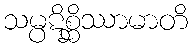
သမ္ပဋိစ္ဆိဿာမာတိ